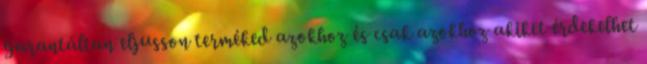
garantáltan eljusson terméked azokhoz és csak azokhoz akiket érdekelhet